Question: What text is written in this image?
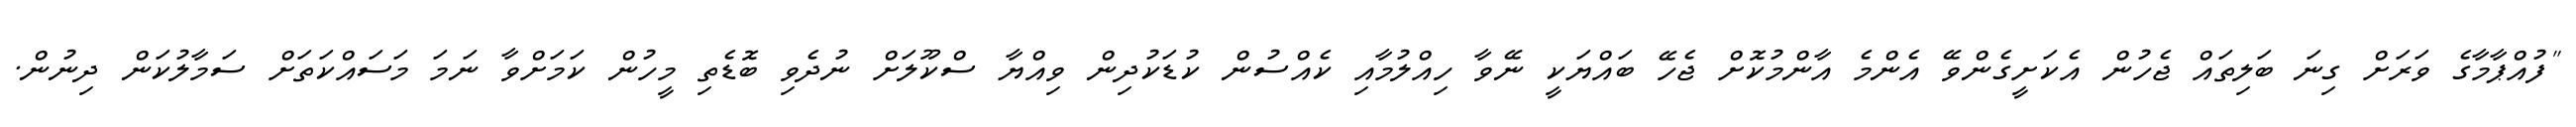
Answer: "ފުއްޕާމާގެ ވަރަށް ގިނަ ބަލިތައް ޖެހުން އެކަށީގެންވޭ އެންމެ އާންމުކޮށް ޖެހޭ ބައްޔަކީ ނޭވާ ހިއްލުމާއި ކެއްސުން ކުޑަކުދިން ވިއްޔާ ސްކޫލަށް ނުދެވި ބޮޑެތި މީހުން ކަމަށްވާ ނަމަ މަސައްކަތަށް ސަމާލުކަން ދިނުން.